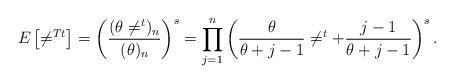
LaTeX: \begin{align*}E \left[ \ne^{T t} \right] = \left( \frac{ (\theta \ne^{t})_n }{(\theta)_n} \right)^s = \prod_{j=1}^n \left( \frac{\theta }{\theta+j-1}\ne^t + \frac{j-1 }{\theta+j-1} \right)^s. \end{align*}